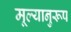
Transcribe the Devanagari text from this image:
मूल्यानुरूप